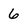
Character: 6